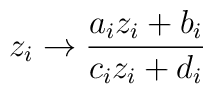
z_i\rightarrow \frac{a_i z_i+ b_i}{c_i z_i +d_i}